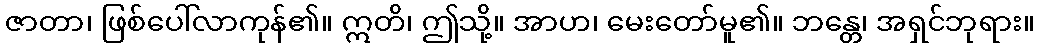
ဇာတာ၊ ဖြစ်ပေါ်လာကုန်၏။ ဣတိ၊ ဤသို့။ အာဟ၊ မေးတော်မူ၏။ ဘန္တေ၊ အရှင်ဘုရား။